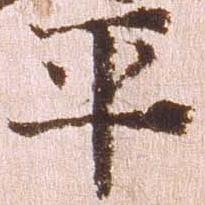
平